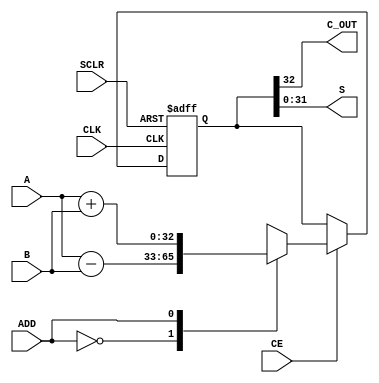
module ADDER_SUBTRACTOR (
	SCLR, CE, CLK, ADD, A, B, C_OUT, S
	);
	input SCLR;
	input CE;
	input CLK;
	input ADD;
	input [31 : 0] A;
	input [31 : 0] B;
	output C_OUT;
	output [31 : 0] S;

	reg [32:0] RES;

	always @(posedge CLK or posedge SCLR) begin
		if (SCLR)
		RES <= 33'B0;
		else if (CE) begin
				case (ADD)
					1'B0 : RES <= A - B;
					1'B1 : RES <= A + B;
					default : RES <= 33'Bx;
				endcase
		end
	end

	assign {C_OUT,S} = RES;

endmodule